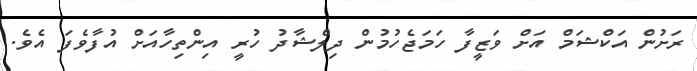
ރަށުން އަކްޝަމް އަށް ވަޒީފާ ހަމަޖެހުމުން ދިލްޝާދު ހުރީ އިންތިހާއަށް އުފާވެފަ އެވެ.